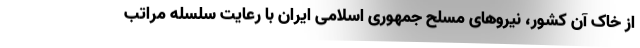
از خاک آن کشور، نیروهای مسلح جمهوری اسلامی ایران با رعایت سلسله مراتب